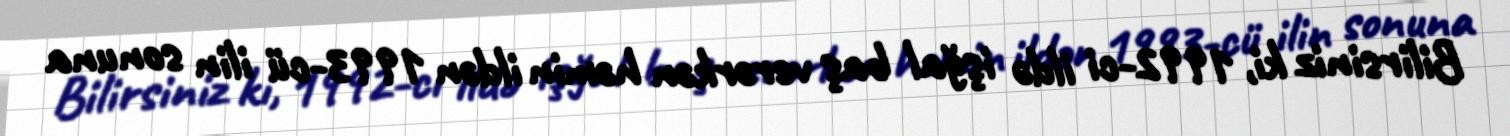
Bilirsiniz ki, 1992-ci ildə işğal baş verərkən həmin ildən 1993-cü ilin sonuna